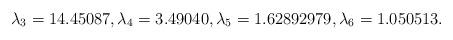
LaTeX: \begin{align*}\lambda_3=14.45087,\lambda_4=3.49040,\lambda_5=1.62892979,\lambda_6=1.050513.\end{align*}